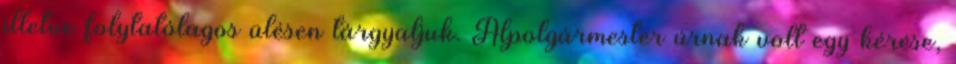
illetve folytatólagos ülésen tárgyaljuk. Alpolgármester úrnak volt egy kérése,